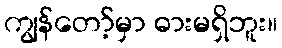
ကျွန်တော့်မှာ ဓားမရှိဘူး။